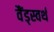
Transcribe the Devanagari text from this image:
वैंड्स्वर्थ